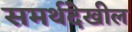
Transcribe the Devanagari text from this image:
समर्थदेखील